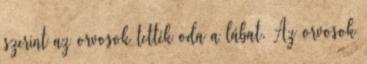
szerint az orvosok tették oda a lábat. Az orvosok